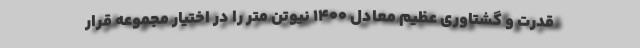
قدرت و گشتاوری عظیم معادل 1400 نیوتن متر را در اختیار مجموعه قرار